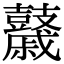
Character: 𪔯